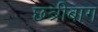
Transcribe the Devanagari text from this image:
छत्रीबाग